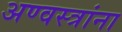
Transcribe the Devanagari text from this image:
अण्वस्त्रांना